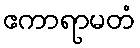
ဧကာရာမတံ